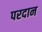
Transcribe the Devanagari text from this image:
परदान